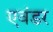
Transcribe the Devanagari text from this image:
एवंडर